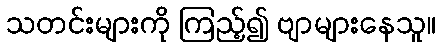
သတင်းများကို ကြည့်၍ ဗျာများနေသူ။